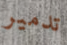
تدمير